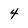
Character: 4